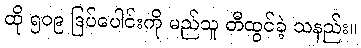
ထို ၅၀၉ ဒြပ်ပေါင်းကို မည်သူ တီထွင်ခဲ့ သနည်း။